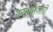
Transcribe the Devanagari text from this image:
गरमबाज़ारी